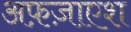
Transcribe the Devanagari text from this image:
अफ़ज़ाएश